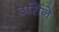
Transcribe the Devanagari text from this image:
उर्सिने